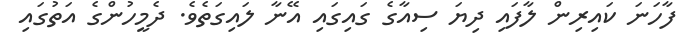
ފާހަނަ ކައިރިން ލާފައި ދިޔަ ސިއާގެ ގައިގައި އޭނާ ލައިގަތެވެ. ދެމީހުންގެ އަތުގައި